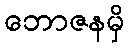
ဘောဇနမှိ